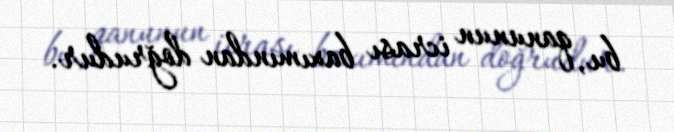
bu, qanunun icrası baxımından doğrudur.